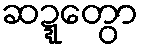
ဆဍ္ဍေတွာ